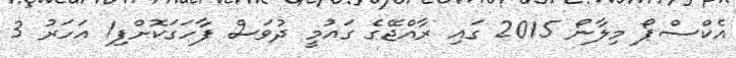
އެކްސްޕޯ މިލާނޯ 2015 ގައި ރާއްޖޭގެ ގައުމީ ދުވަސް ފާހަގަކޮށްފި1 އަހަރު 3